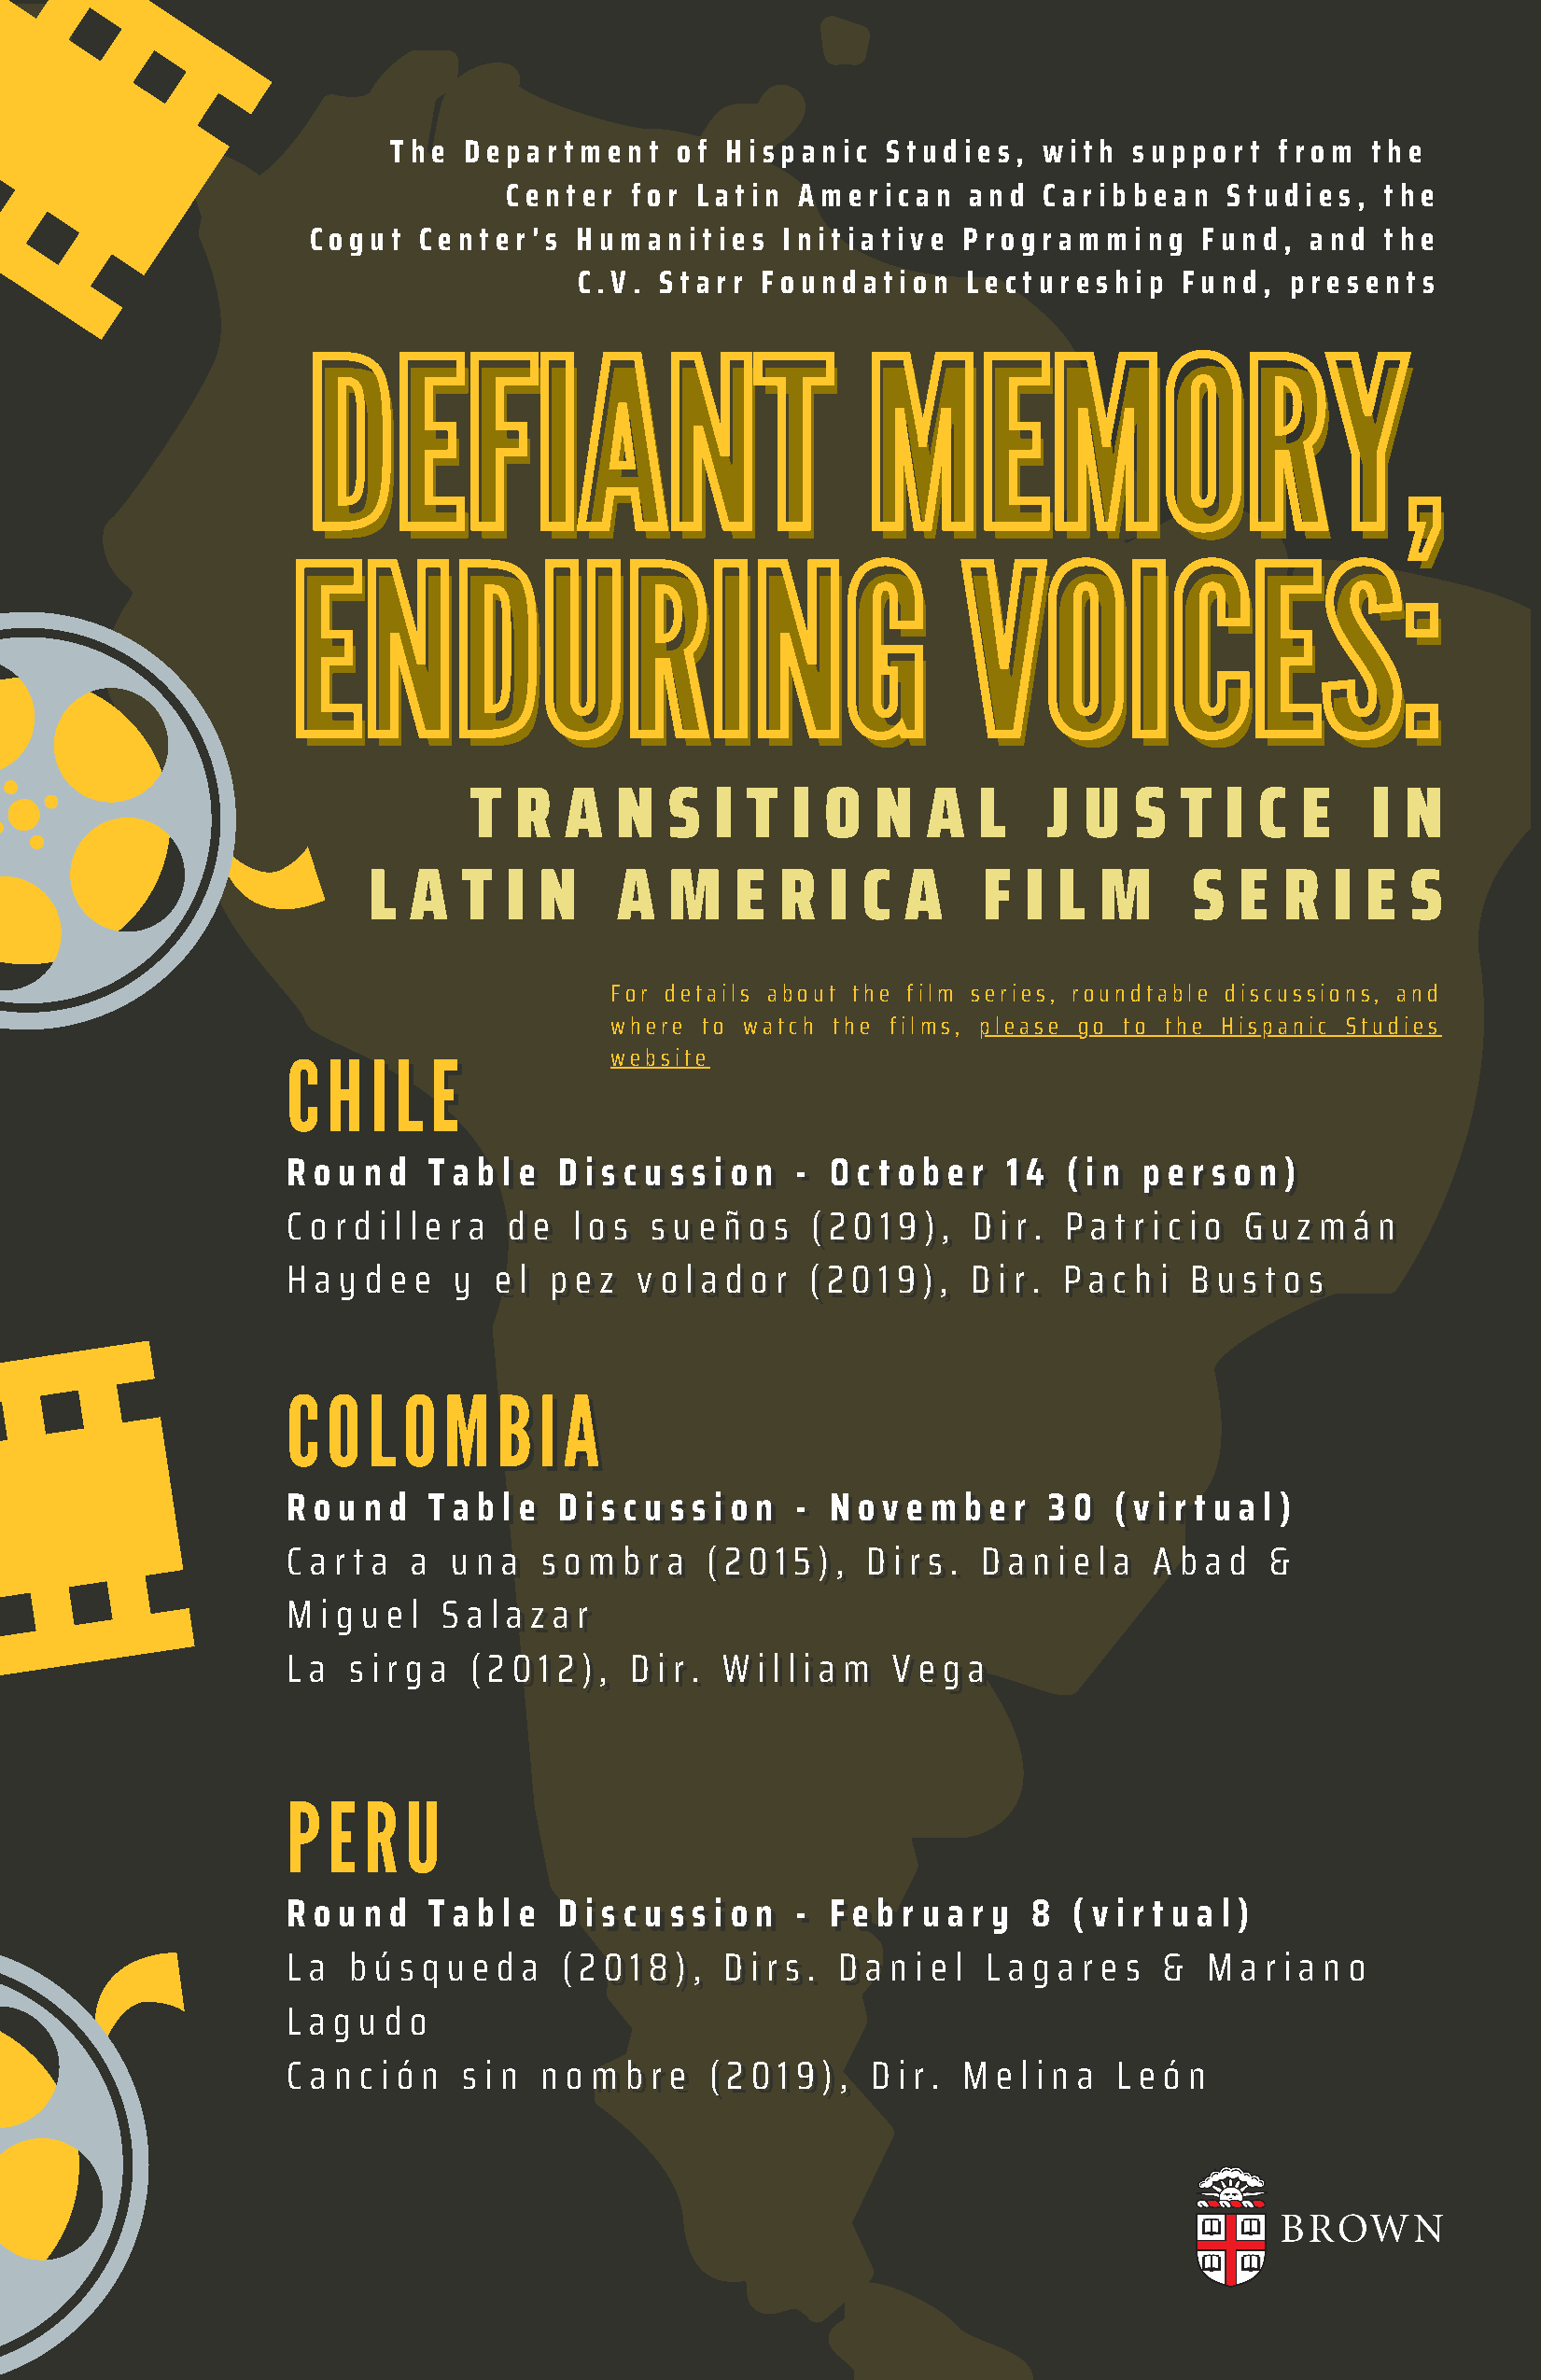
T h e D e p a r t m e n t o f H i s p a n i c S t u d i e s , w i t h s u p p o r t f r o m t h e
 C e n t e r f o r L a t i n A m e r i c a n a n d C a r i b b e a n S t u d i e s , t h e
 C o g u t C e n t e r ' s H u m a n i t i e s I n i t i a t i v e P r o g r a m m i n g F u n d , a n d t h e
 C . V . S t a r r F o u n d a t i o n L e c t u r e s h i p F u n d , p r e s e n t s
 DEFIANT                                MEMORY,
 DEFIANT                                 MEMORY,
 ENDURING                                       VOICES:
 ENDURING                                        VOICES:
 T  R   A   N  S   I T  I O   N   A  L    J  U  S   T  I C  E    I  N
 L  A   T  I N     A  M    E  R   I C  A     F  I L  M      S  E  R  I  E  S
 For details about the film series, roundtable discussions, and
 where  to watch the films, please go to the Hispanic Studies
 CCHHIILLEE
 website
 RRoouunndd TTaabbllee DDiissccuussssiioonn -- OOccttoobbeerr 1144 ((iinn ppeerrssoonn))
 CCoorrddiilllleerraa ddee llooss ssuueeññooss ((22001199)),, DDiirr.. PPaattrriicciioo GGuuzzmmáánn
 HHaayyddeeee yy eell ppeezz vvoollaaddoorr ((22001199)),, DDiirr.. PPaacchhii BBuussttooss
 CCOOLLOOMMBBIIAA
 RRoouunndd TTaabbllee DDiissccuussssiioonn -- NNoovveemmbbeerr 3300 ((vviirrttuuaall))
 CCaarrttaa aa uunnaa ssoommbbrraa ((22001155)),, DDiirrss.. DDaanniieellaa AAbbaadd &&
 MMiigguueell SSaallaazzaarr
 LLaa ssiirrggaa ((22001122)),, DDiirr.. WWiilllliiaamm VVeeggaa
 PPEERRUU
 RRoouunndd TTaabbllee DDiissccuussssiioonn -- FFeebbrruuaarryy 88 ((vviirrttuuaall))
 LLaa bbúússqquueeddaa ((22001188)),, DDiirrss.. DDaanniieell LLaaggaarreess && MMaarriiaannoo
 LLaagguuddoo
 CCaanncciióónn ssiinn nnoommbbrree ((22001199)),, DDiirr.. MMeelliinnaa LLeeóónn